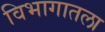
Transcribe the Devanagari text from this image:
विभागातला